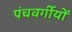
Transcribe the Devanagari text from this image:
पंचवर्गीयों